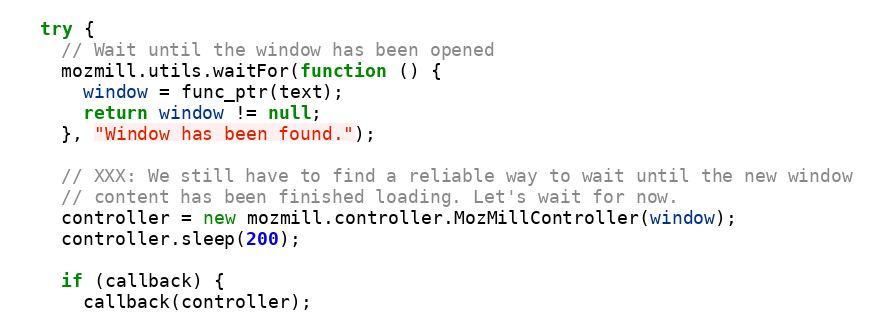
Language: JavaScript
  try {
    // Wait until the window has been opened
    mozmill.utils.waitFor(function () {
      window = func_ptr(text);
      return window != null;
    }, "Window has been found.");

    // XXX: We still have to find a reliable way to wait until the new window
    // content has been finished loading. Let's wait for now.
    controller = new mozmill.controller.MozMillController(window);
    controller.sleep(200);

    if (callback) {
      callback(controller);